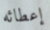
إعطائه